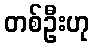
တစ်ဦးဟု